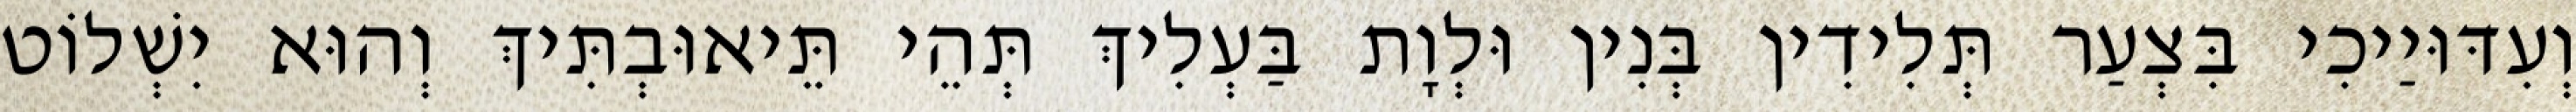
וְעִדּוּיַיכִי בִּצְעַר תְּלִידִין בְּנִין וּלְוָת בַּעְלִיךְ תְּהֵי תֵּיאוּבְתִּיךְ וְהוּא יִשְׁלוֹט